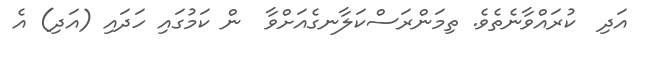
އަދި  ކުރައްވާނެތެވެ. ތިމަންރަސްކަލާނގެއަށްވާ  ން ކަމުގައި ހަދައި (އަދި) އެ